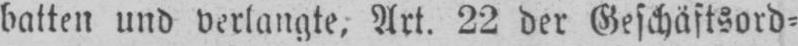
batten und verlangte, Art. 22 der Geschäftsord⸗